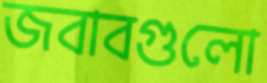
জবাবগুলো